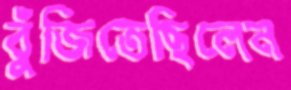
বুঁজিতেছিলেন